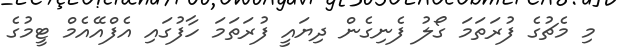
މި މެޗުގެ ފުރަތަމަ ގޯލު ފެނިގެން ދިޔައީ ފުރަތަމަ ހާފުގައި އެފްއޭއެމް ޓީމުގެ